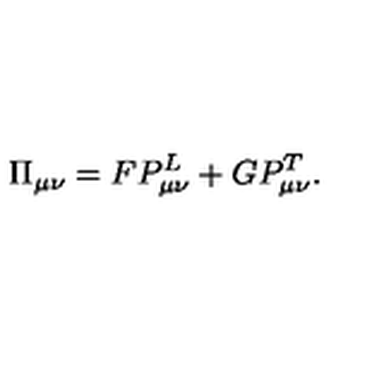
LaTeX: \Pi _ { \mu \nu } = F P _ { \mu \nu } ^ { L } + G P _ { \mu \nu } ^ { T } .